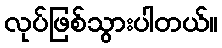
လုပ်ဖြစ်သွားပါတယ်။